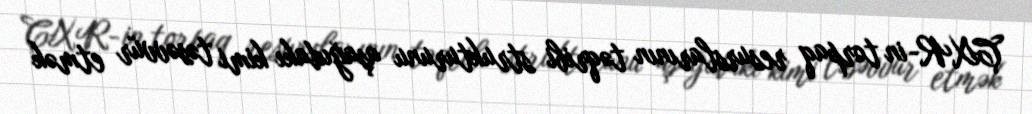
ÇXR-in torpaq resurslarının təqribi strukturunu aşağıdakı kimi təsəvvür etmək